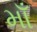
માઁ